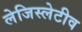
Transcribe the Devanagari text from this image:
लेजिस्लेटीव